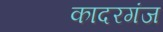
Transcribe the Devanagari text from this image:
कादरगंज